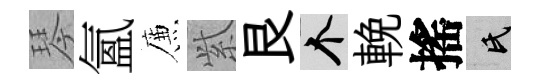
琴氳簾𬗋艮个輓搖氏